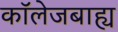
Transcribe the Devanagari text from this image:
कॉलेजबाह्य